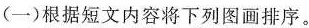
(一)根据短文内容将下列图画排序。